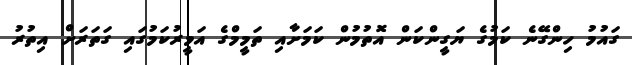
ގައުމު ހިންގޭނެ ކަމުގެ ޔަގީންކަން އޮތުމުން ކަމަށާއި ތަމީމްގެ އަމީރުކަމުގައި ގަތަރަށް އިތުރު